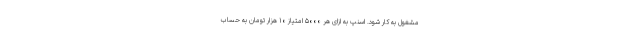
مشغول به کار شود. اسنپ به ازای هر ۵۰۰۰ امتیاز ۱۰ هزار تومان به حساب